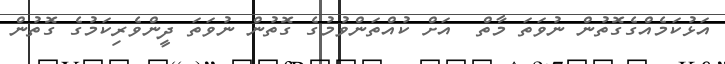
އަޅުކަމެއްގެގޮތުން ނުވަތަ މާތް  އަށް ކުއްތަންވުމުގެ ގޮތުން ނުވަތަ ދީންވެރިކަމުގެ ގޮތުން